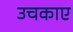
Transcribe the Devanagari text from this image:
उचकाए